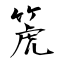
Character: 箎